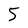
Character: 5